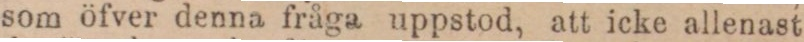
som öfver denna fråga uppstod, att icke allenast